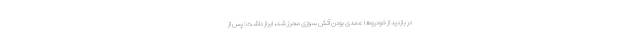
در بازدید از خودروها عمدی بودن آتش سوزی محرز شد، ابراز داشت: پس از